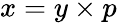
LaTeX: x=y\times p